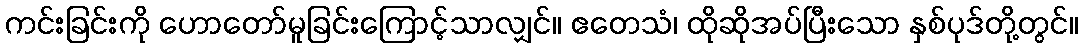
ကင်းခြင်းကို ဟောတော်မူခြင်းကြောင့်သာလျှင်။ ဧတေသံ၊ ထိုဆိုအပ်ပြီးသော နှစ်ပုဒ်တို့တွင်။